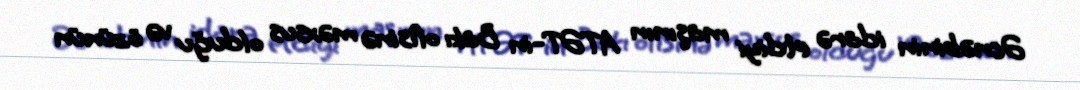
Əcnəbinin idarə etdiyi maşının ATƏT-in Bakı ofisinə məxsus olduğu və özünün